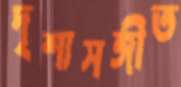
দৃশ্যসঙ্গীত